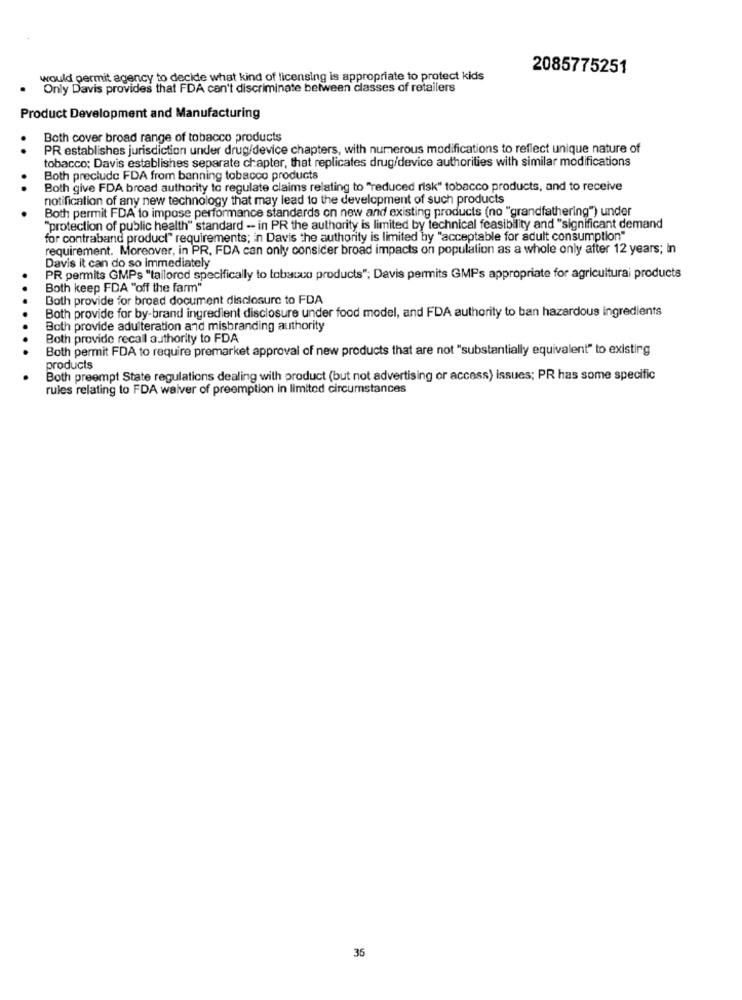
2085775251
would permit agency to decide what kind of licensing is appropriate to protect kids
Only Davis provides that FDA can't discriminate between classes of retailers
Product Development and Manufacturing
Both cover broad range of tobacco products
PR establishes jurisdiction under drug/device chapters, with numerous modifications to reflect unique nature of
..
tobacco; Davis establishes separate chapter, that replicates drug/device authorities with similar modifications
Both precludc FDA from banning tobacco products
Both give FDA broad authority to regulate claims relating to "reduced risk" tobacco products, and to receive
..
notification of any new technology that may lead to the development of such products
Both permit FDA to impose performance standards on new and existing products (no "grandfathering") under
.
"protection of public health" standard - in PR the authority is limited by technical feasibility and "significant demand
for contraband product" requirements; in Davis the authority is limited by "acceptable for adult consumption"
requirement. Moreover, in PR, FDA can only consider broad impacts on population as a whole only after 12 years; in
Davis it can do so immediately
PR permits GMPs "tailored specifically to tobacco products"; Davis permits GMPs appropriate for agricultural products
.
Both keep FDA "off the farm"
Both provide for broad document disclosure to FDA
Both provide for by-brand ingredient disclosure under food model, and FDA authority to ban hazardous ingredients
Both provide adulteration and misbranding authority
Both provide recall authority to FDA
.
Both permit FDA to require premarket approval of new products that are not "substantially equivalent" to existing
products
Both preempt State regulations dealing with product (but not advertising or access) issues; PR has some specific
rules relating to FDA waiver of preemption in limited circumstances
35